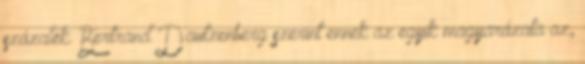
százalék. Bertrand Dautzenberg szerint ennek az egyik magyarázata az,